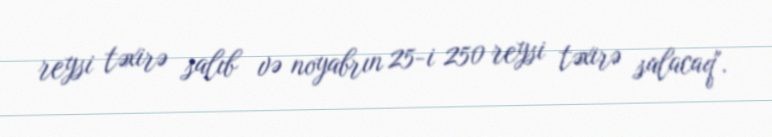
reysi təxirə salıb və noyabrın 25-i 250 reysi təxirə salacaq".